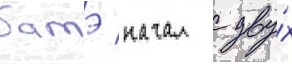
батэ начал с дву́х